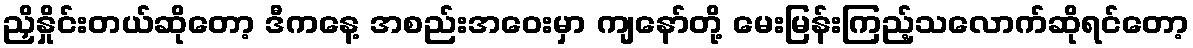
ညှိနှိုင်းတယ်ဆိုတော့ ဒီကနေ့ အစည်းအဝေးမှာ ကျနော်တို့ မေးမြန်းကြည့်သလောက်ဆိုရင်တော့